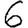
Digit: 6